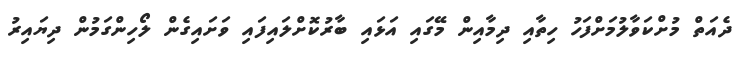
ދެއަތް މުށްކަވާލުމަށްފަހު ހިތާއި ދިމާއިން މޭގައި އަޅައި ބާރުކޮށްލައިފައި ވަށައިގެން ލޯހިންގަމުން ދިޔައިރު